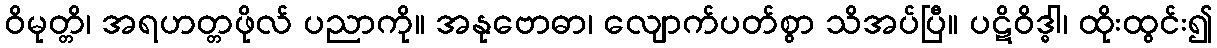
ဝိမုတ္တိ၊ အရဟတ္တဖိုလ် ပညာကို။ အနုဗောဓာ၊ လျောက်ပတ်စွာ သိအပ်ပြီ။ ပဋိဝိဒ္ဓါ၊ ထိုးထွင်း၍